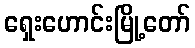
ရှေးဟောင်းမြို့တော်